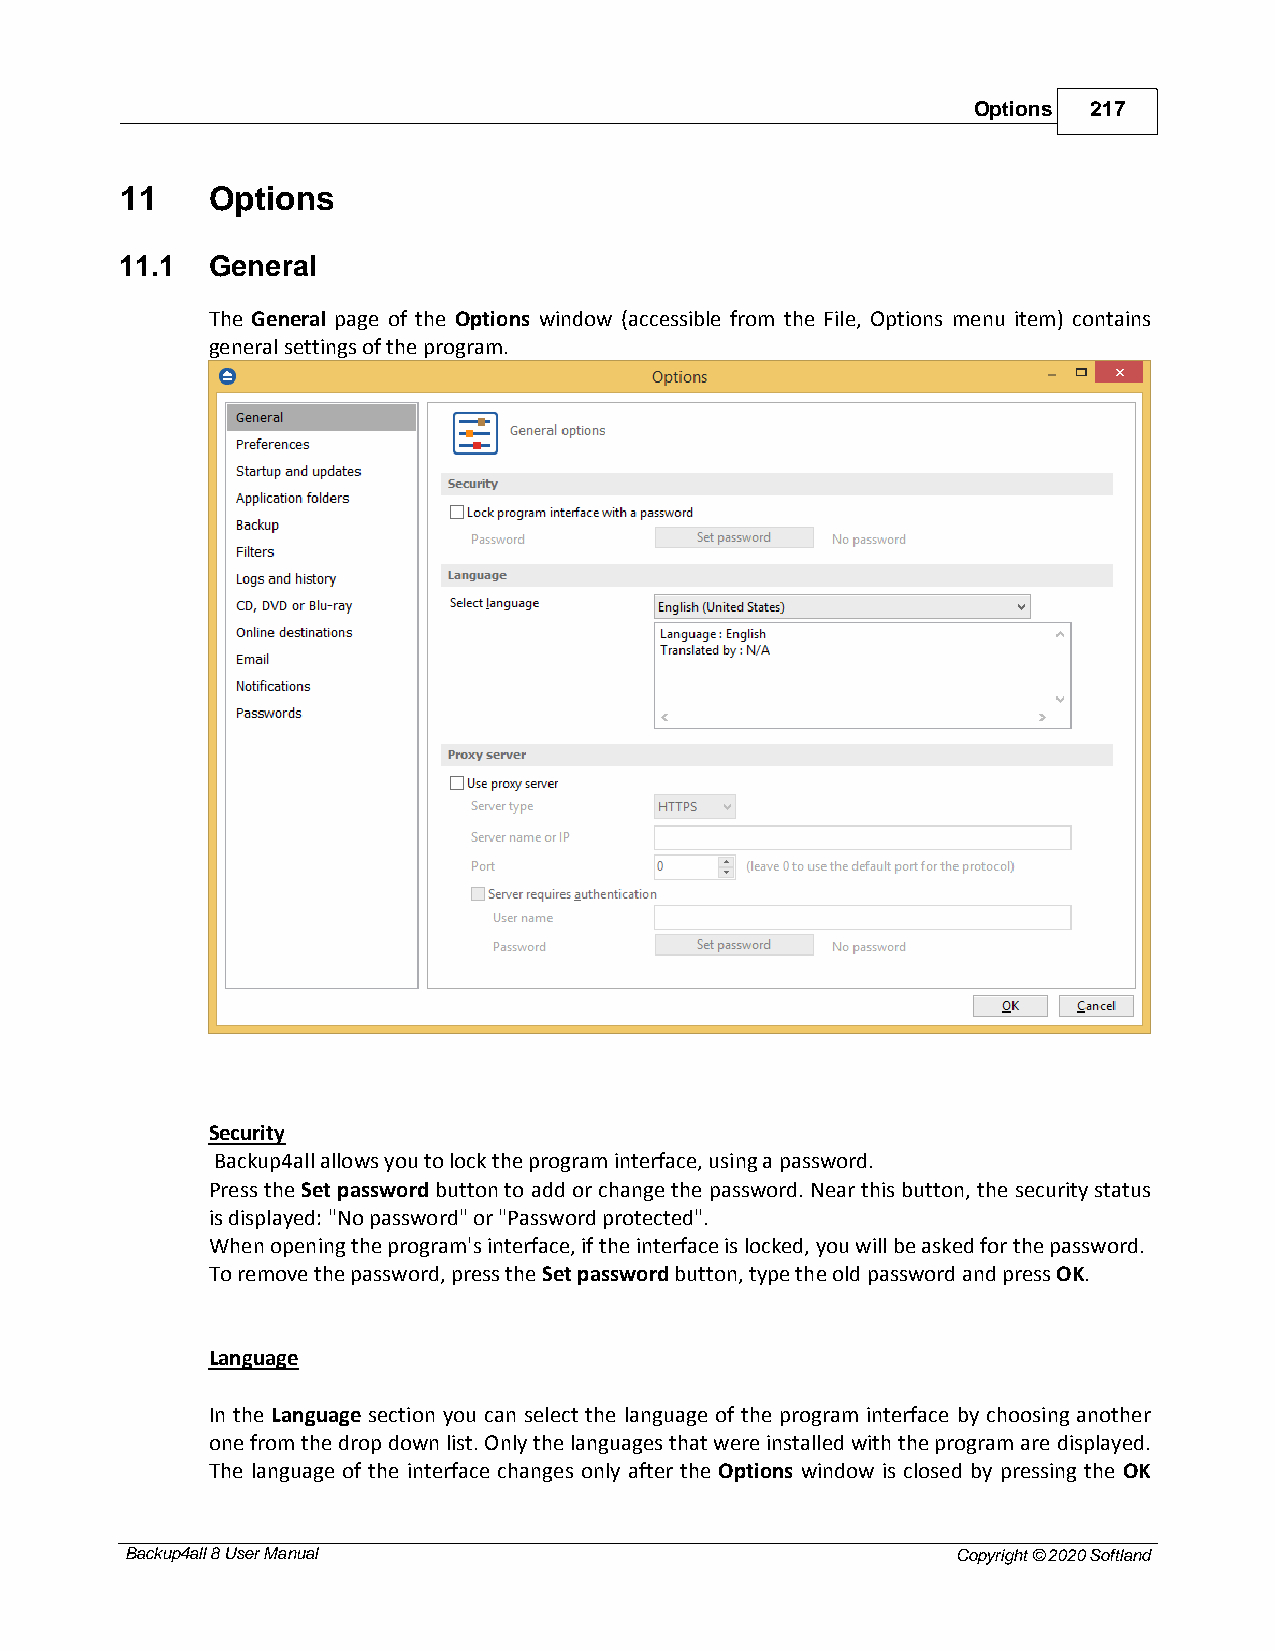
Options 217
 11    Options
 11.1  General
 The General page of the Options window (accessible from the File, Options menu item) contains
 general settings of the program.
 Security
 Backup4all allows you to lock the program interface, using a password.
 Press the Set password button to add or change the password. Near this button, the security status
 is displayed: "No password" or "Password protected".
 When opening the program's interface, if the interface is locked, you will be asked for the password.
 To remove the password, press the Set password button, type the old password and press OK.
 Language
 In the Language section you can select the language of the program interface by choosing another
 one from the drop down list. Only the languages that were installed with the program are displayed.
 The language of the interface changes only after the Options window is closed by pressing the OK
 Backup4all 8 User Manual                               Copyright © 2020 Softland